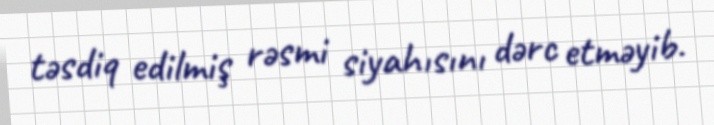
təsdiq edilmiş rəsmi siyahısını dərc etməyib.